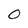
Character: 0